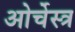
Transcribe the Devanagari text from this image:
ओर्चेस्त्र